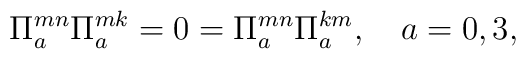
\Pi_a^{mn}\Pi_a^{mk}=0=\Pi_a^{mn}\Pi_a^{km},\quad a=0,3,